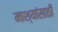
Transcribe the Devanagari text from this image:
माश्यांसाठी